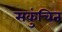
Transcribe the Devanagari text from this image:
सकुंचित